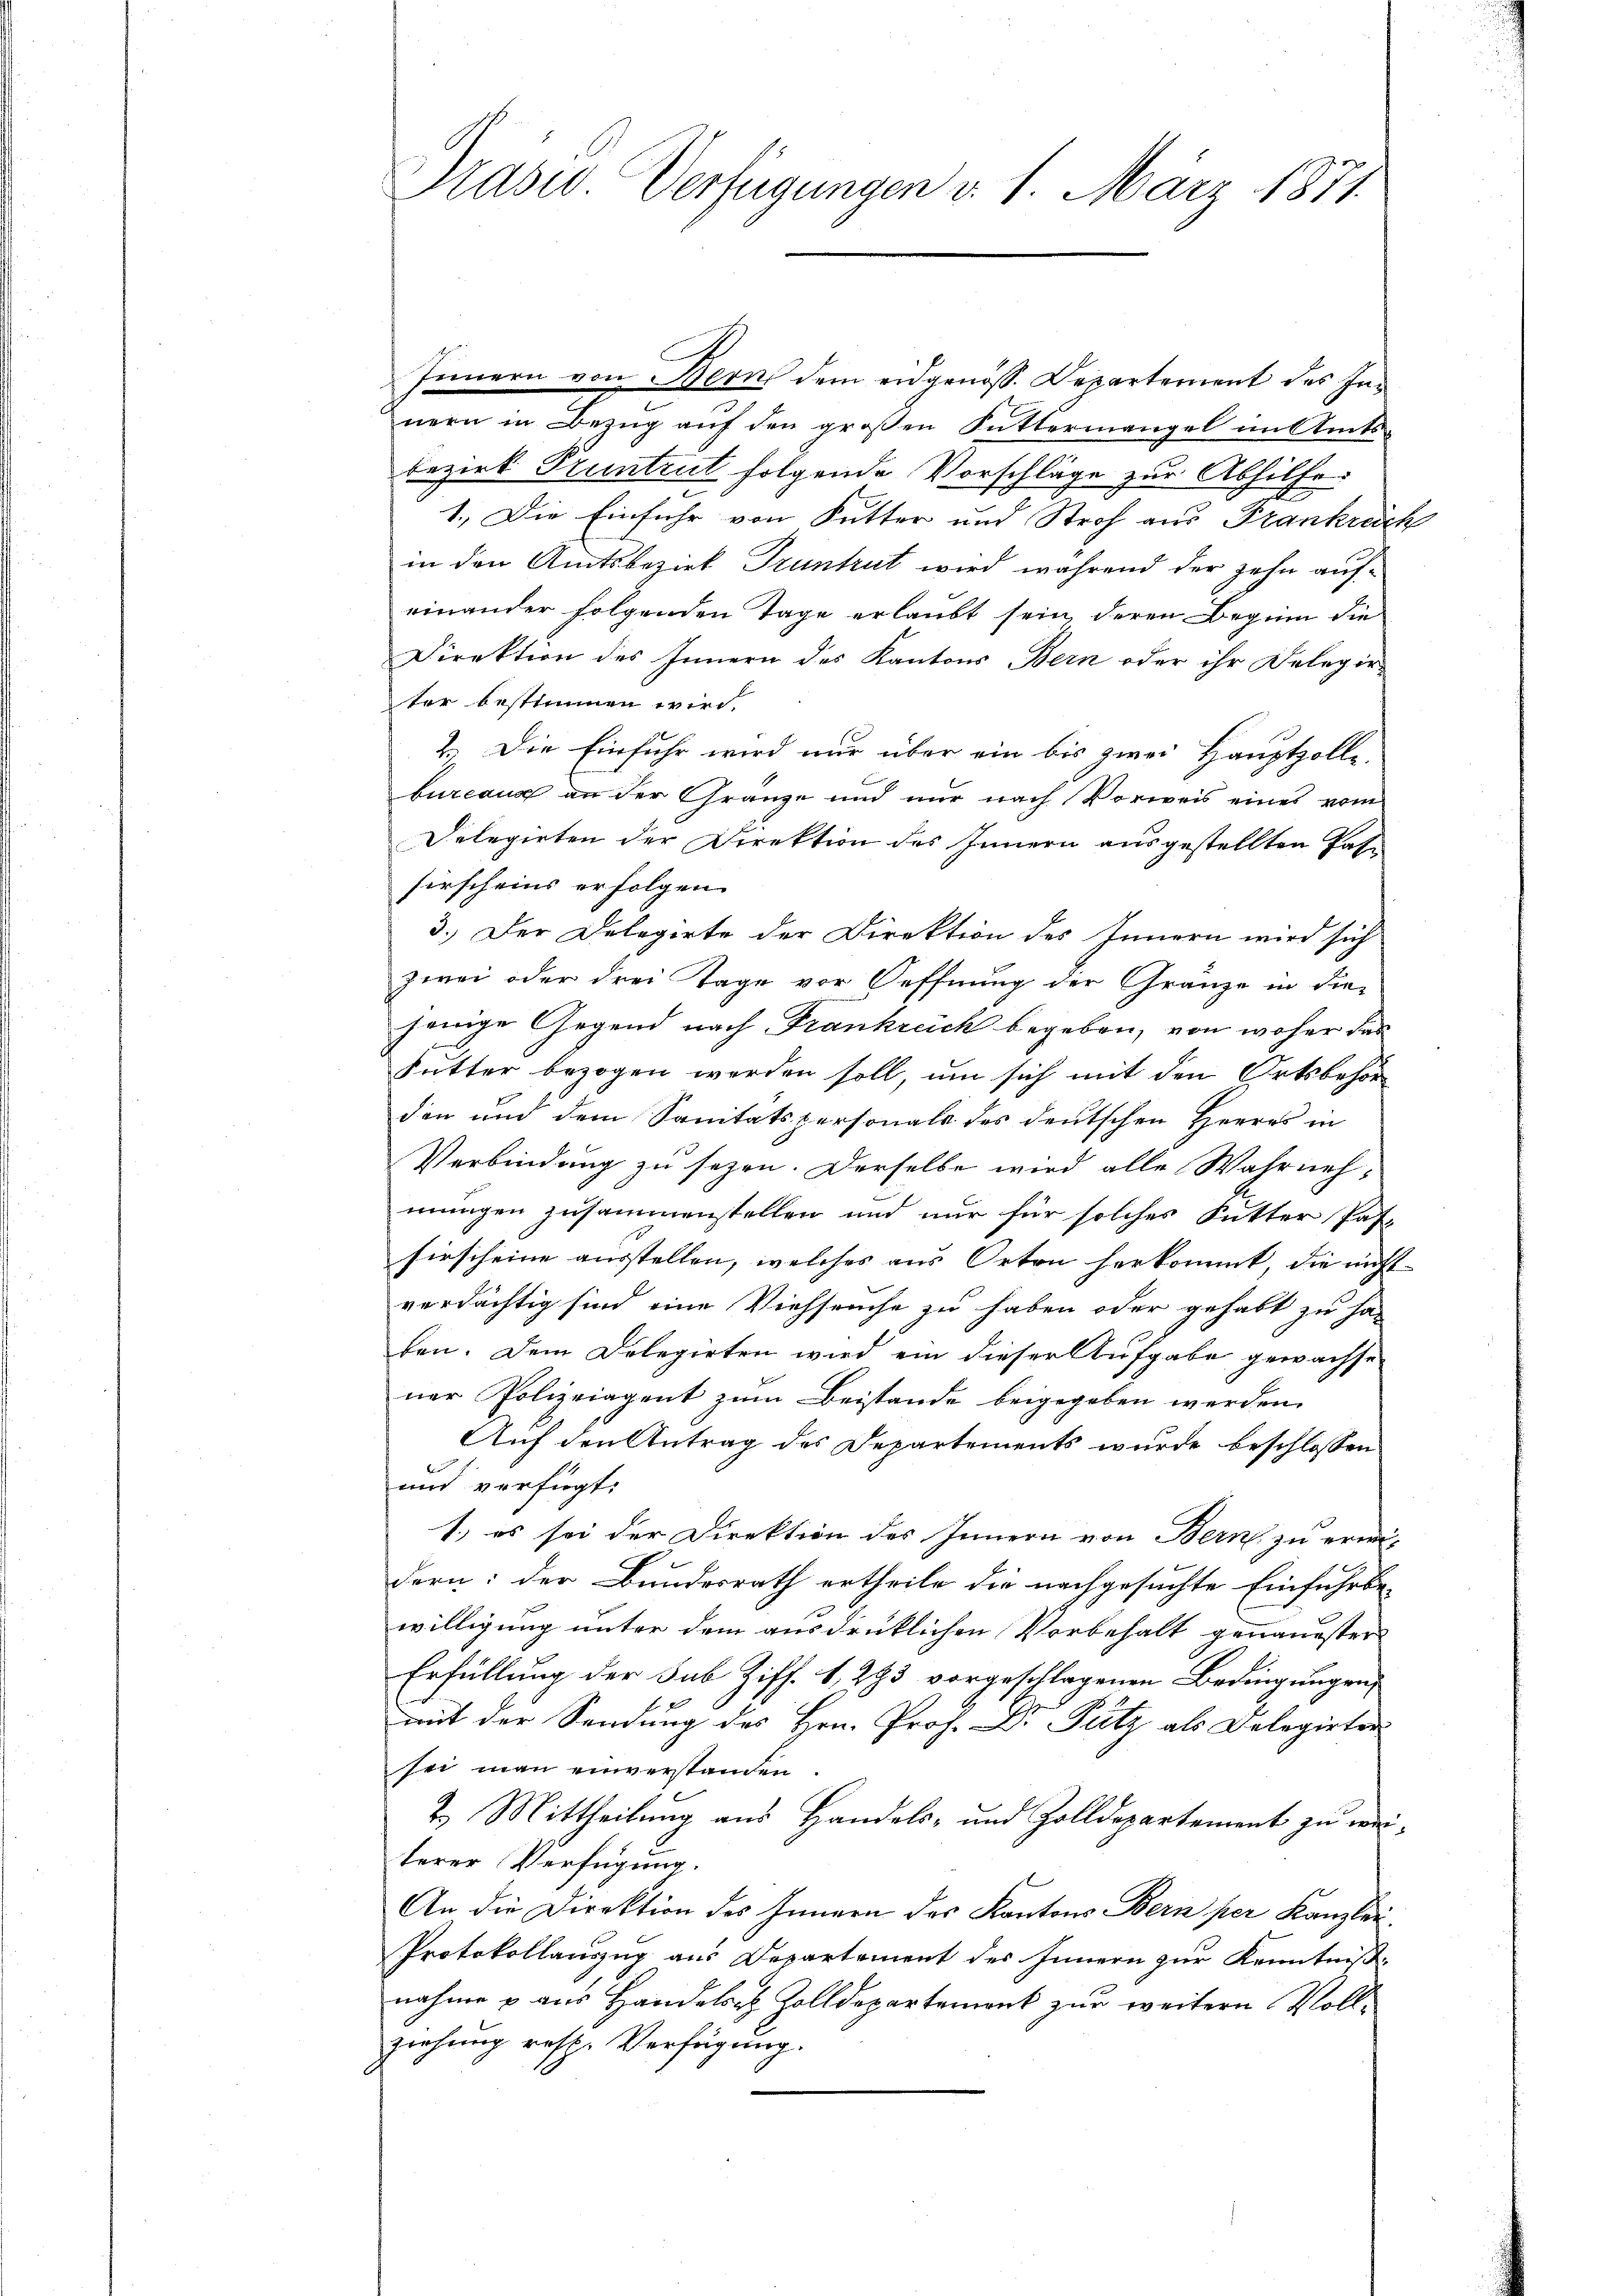
Innern von Berns dem eidgenöss. Departement des Innern in Bezug auf den großen Futtermangel im Amts¬
Bezirk Pruntrut folgende Vorschläge zur Abhilfe
1.) Die Einfuhr von Futter und Stroh aus Frankrech
in den Amtsbezirk Truntrut wird während der zehn aufeinander folgenden Tage erlaubt sein, deren Beginn die
Direktion des Innern des Kantons Bern oder ihr Delegir-
ter bestimmen wird.
2.) Die Einfuhr wird nur über ein bis zwei Hauptzolle.
bureaus an der Gränze und nur nach Vorweis eines vom
Delegirten der Direktion des Innern ausgestellten Pate
sirscheins erfolgen.
3.) Der Delegirte der Direktion des Innern wird sich
zwei oder drei Tage vor Oeffnung der Gränze in die-
jewige Gegend nach Frankreich begeben, von woher das
Futter bezogen werden soll, um sich mit den Ortsbehörden und dem Sanitätspersonale des deutschen Herres in
Verbindung zu sezen. Derselbe wird alle Wahrneh-
mungen zusammenstellen und nur für solches Sutter Pas-
hirscheine ausstellen, welches aus Orten herkommt, die nicht
verdächtig sind eine Viehseuche zu haben oder gehabt zu ha-
ben. Dem Delegirten wird ein dieser Aufgabe gewachse
ner Polizeiagent zum Beistande beigegeben werden.
Auf den Antrag des Departements wurde beschlossen
und verfügt:
1.) es sei der Direktion des Innern von Bern zu erin-
dern: der Bundesrath ertheile die nachgesuchte Einfuhrbewilligung unter dem ausdrücklichen Vorbehalt genauester
Erfüllung der Sub Ziff. 1, 293 vorgeschlagenen Bedingungen,
mit der Sendung des Hrn. Prof. Dr. Putz als Delegirter
sei man einverstanden.
2.) Mittheilung aus Handels- und Zolldepartement zu wei-
terer Verfügung.
An die Direktion des Innern des Kantons Bern per Kanzlei
Protokollauszug aus Departement des Innern zur Kenntniß
nahme & aus Handelst Zolldepartement zur weitern Vollziehung resp. Verfügung.

Praser Verfügungen v. 1. März 1871.